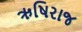
ઋષિરાજ